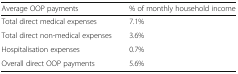
<table><thead><tr><td><b>Average OOP payments</b></td><td><b>% of monthly household income</b></td></tr></thead><tbody><tr><td>Total direct medical expenses</td><td>7.1%</td></tr><tr><td>Total direct non-medical expenses</td><td>3.6%</td></tr><tr><td>Hospitalisation expenses</td><td>0.7%</td></tr><tr><td>Overall direct OOP payments</td><td>5.6%</td></tr></tbody></table>